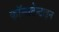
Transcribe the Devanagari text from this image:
कॉन्सटेन्टाइन